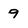
Character: 9